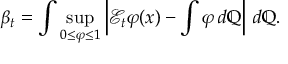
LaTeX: \beta _ { t } = \int \operatorname* { s u p } _ { 0 \leq \varphi \leq 1 } \left| { \mathcal { E } } _ { t } \varphi ( x ) - \int \varphi \, d \mathbb { Q } \right| \, d \mathbb { Q } .